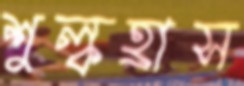
শুল্কহ্রাস